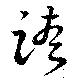
跨